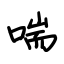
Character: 喘